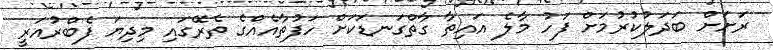
ރަށަށް ބަދަލުކުރުމަށް ފަހު މާލެ އައިތާ ގާތްގަނޑަކަށް ހަފުތާއެއްގެ ތެރޭގައި މިދިޔަ ފެބްރުއަރީ